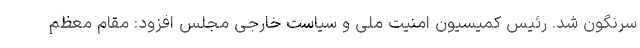
سرنگون شد. رئیس کمیسیون امنیت ملی و سیاست خارجی مجلس افزود: مقام معظم